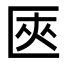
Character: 匧